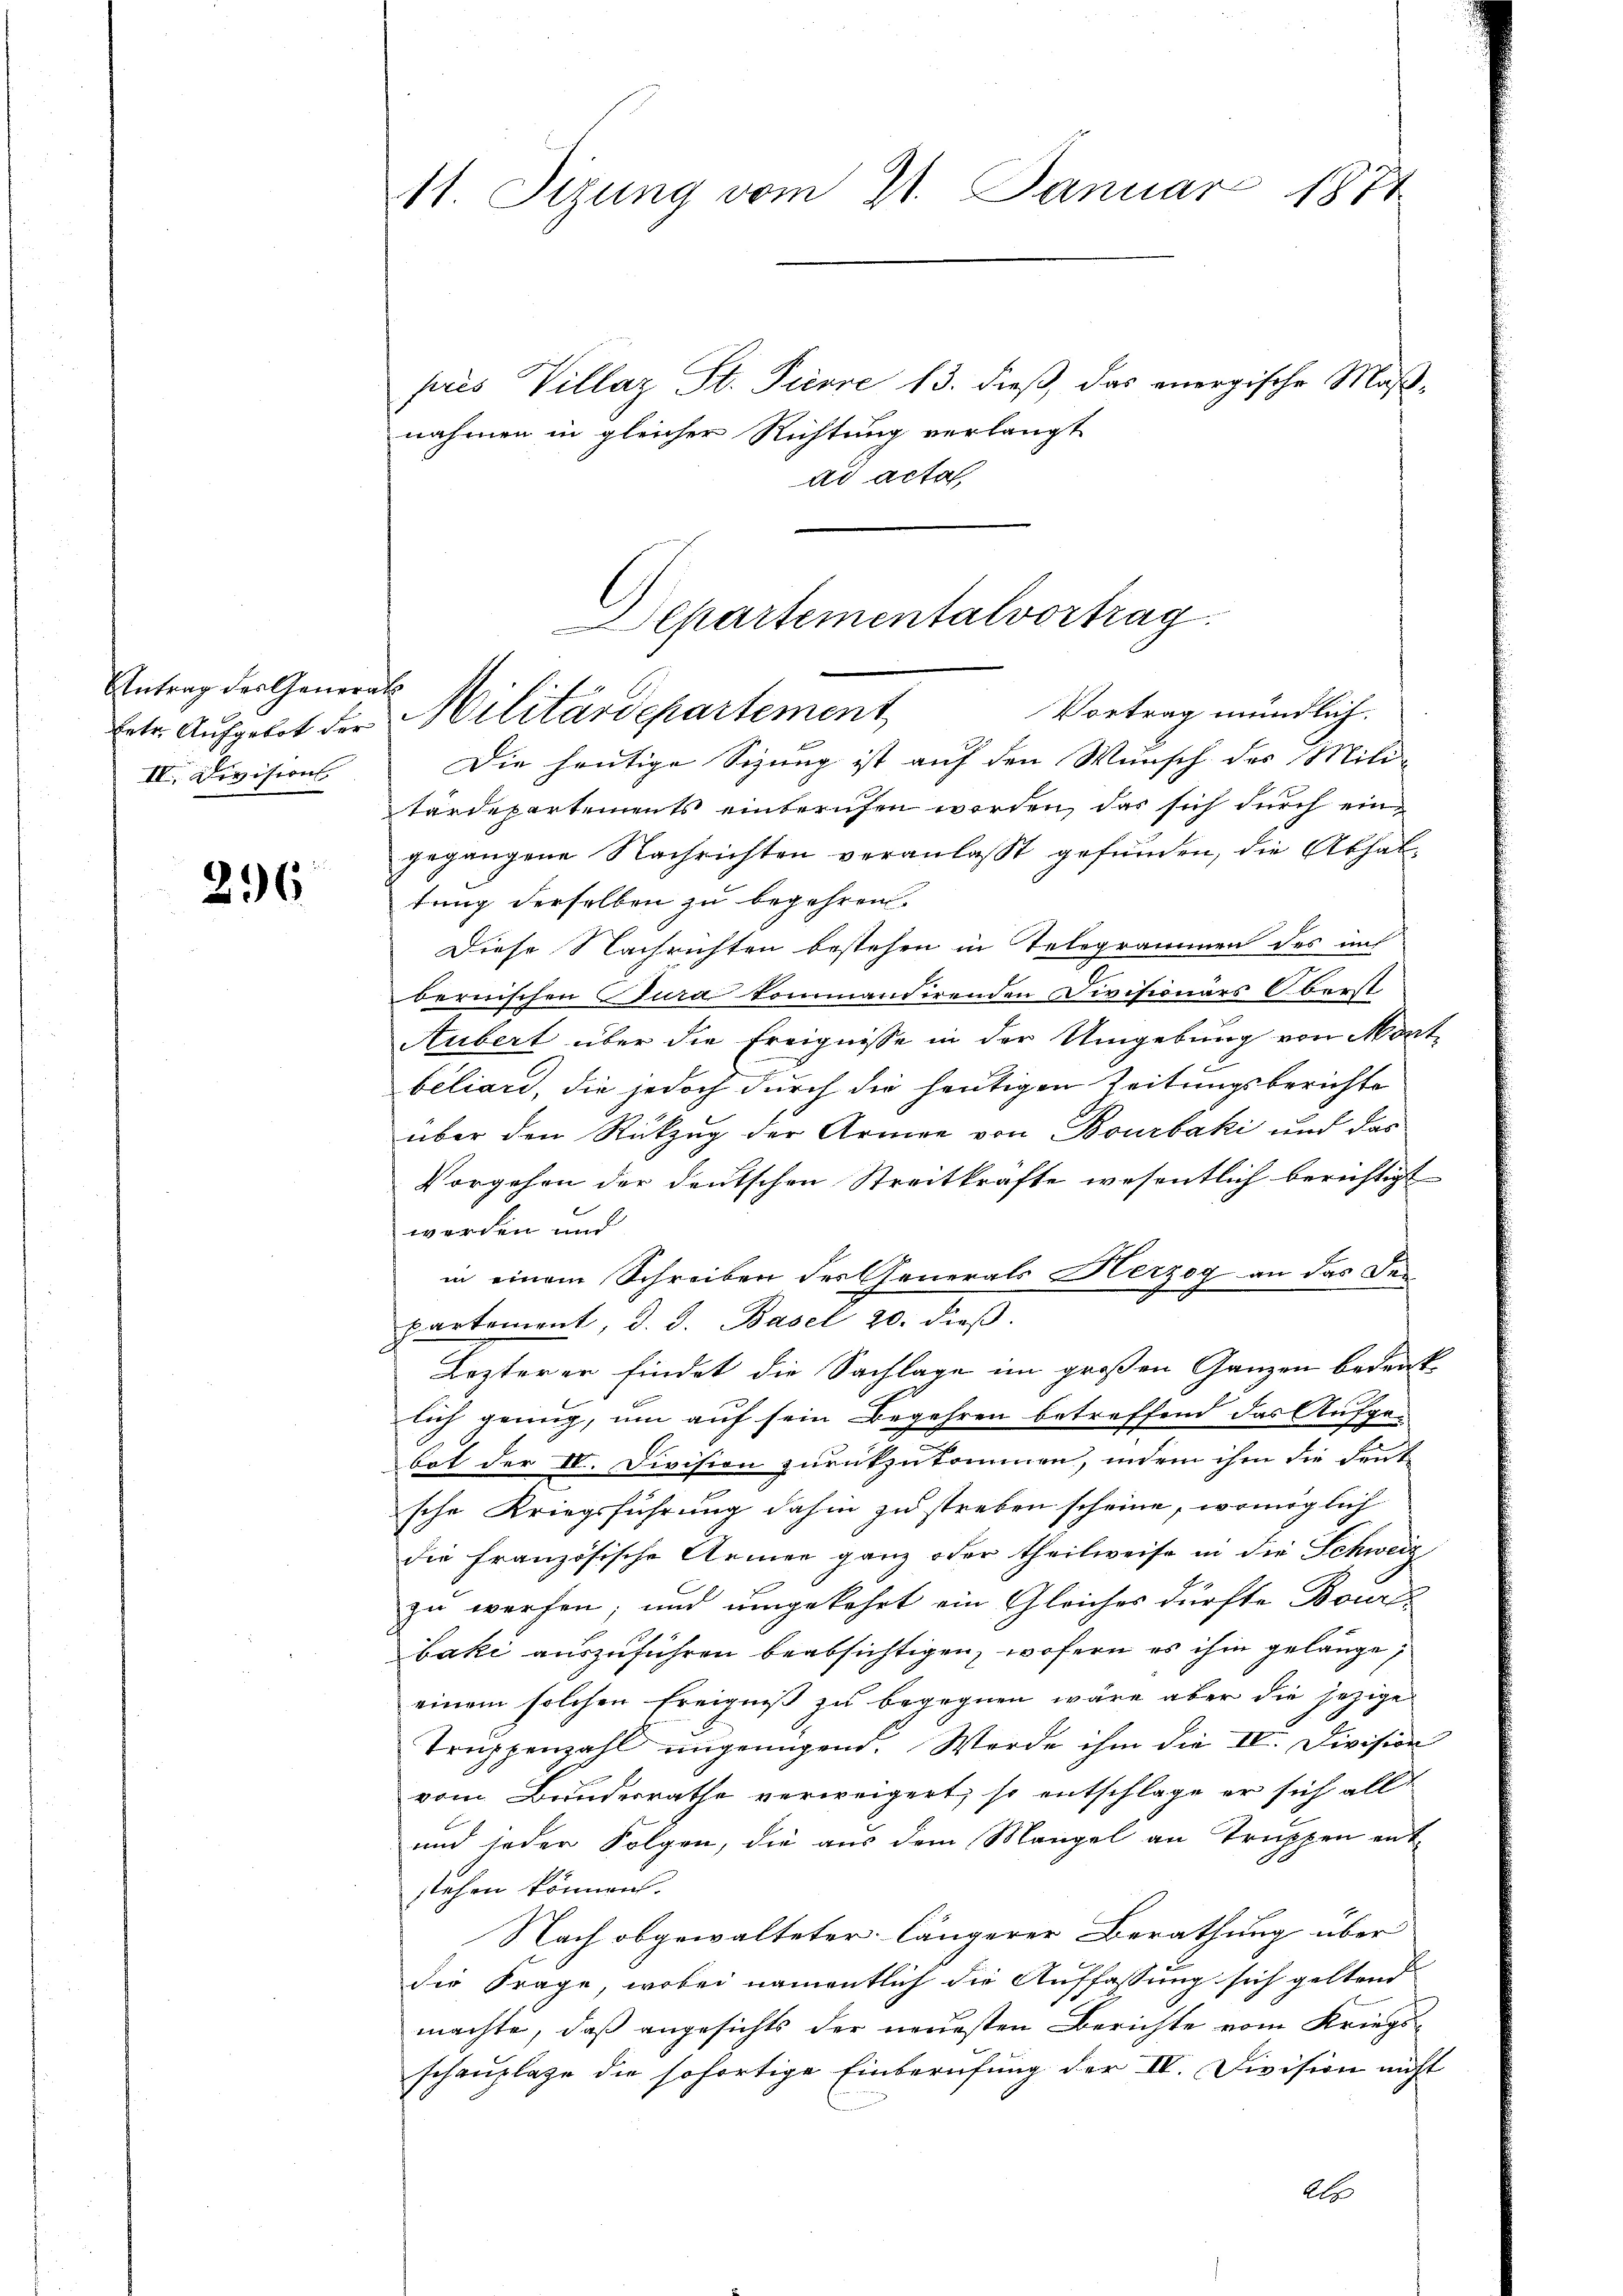
Antrag der General
IV. Division

236

11. Sizung vom 21. Januar 1874

pris Villaz St. Pierre 13. dieß, das anergische Maßnahmen in gleicher Richtung verlangt
ad acta

epartementalvortrag
Vortrag mündlich.
Enter Aufgebot der Militärdepartement

Die heutige Sizung ist auf den Wunsch des Mili
tärdepartements einberufen worden, das sich durch eingegangene Nachrichten veranlasst gefunden, die Abhaltung derselben zu begehren.
Diese Nachrichten bestehen in Telegrammen des in
bernischen Jura kommandirenden Divisionars Oberst
Aubert über die Ereignisse in der Umgebung von Mont
beliard, die jedoch durch die heutigen Zeitungsberichte
über den Rückzug der Armee von Bourbaki und das
Vorgehen der deutschen Streitkräfte wesentlich berichtigt
werden und
in einem Schreiben des Generals Herzog an das Departement, d. J. Basel 20. dieβ.
Lezterer findet die Sachlage im großen Ganzen bedeutlich genug, um auf sein Begehren betreffend das Aufge-
bot der IV. Division zurückzukommen, indem ihm die deut-
sche Kriegsführung dahin zu streben scheine, womöglich
die französische Armen ganz oder theilweise in die Schweiz
zu werfen; und umgekehrt ein Gleiches dürfte Boure
baki auszuführen beabsichtigen, wofern es ihm gelange,
einem solchen Ereigniß zu begegnen wäre aber die jezige
Truppenzahl ungenügend. Werde ihm die IV. Division
vom Bunderrathe verweigert, so entschlage er sich all
und jeder Folgen, die aus dem Mangel an Truppen entstehen können.
Nach obgewalteter längerer Berathung über
die Frage, wobei namentlich die Auffassung sich geltend
machte, daß angesichts der neuesten Berichte vom Kriegs-
schauplatze die sofortige Einberufung der IV. Division nicht
Alt